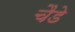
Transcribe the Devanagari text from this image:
चैडे